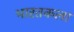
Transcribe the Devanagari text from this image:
भारतकला